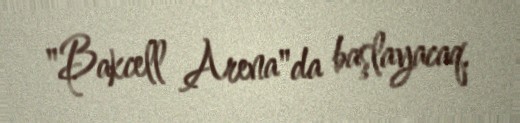
"Bakcell Arena"da başlayacaq.